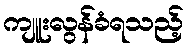
ကျူးလွန်ခံရသည့်